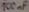
Text: 100µF